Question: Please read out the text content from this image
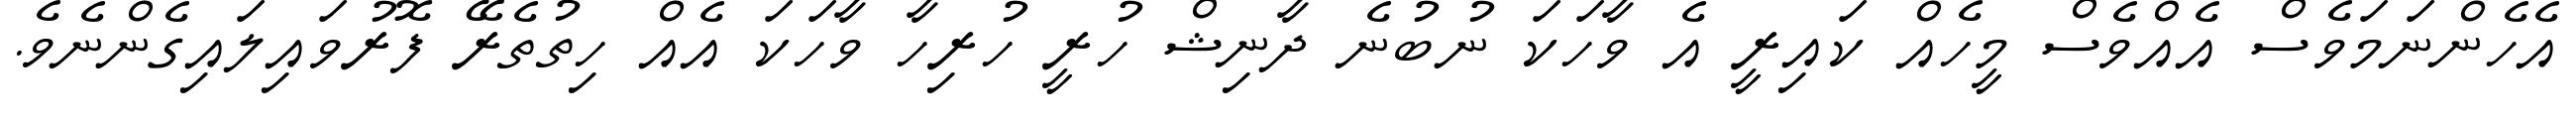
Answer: އެހެންނަމަވެސް އެއްވެސް މީހެއް ކައިރީ އެ ވާހަކަ ނުބުނެ ދާނިޝް ހުރީ ހުރިހާ ވާހަކަ އެއް ހިތުތެރޭ ފޮރުވައިލައިގެންނެވެ.